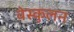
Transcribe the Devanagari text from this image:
वेस्कुलन